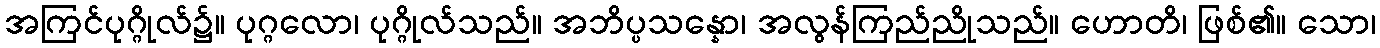
အကြင်ပုဂ္ဂိုလ်၌။ ပုဂ္ဂလော၊ ပုဂ္ဂိုလ်သည်။ အဘိပ္ပသန္နော၊ အလွန်ကြည်ညိုသည်။ ဟောတိ၊ ဖြစ်၏။ သော၊